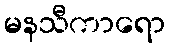
မနသီကာရော